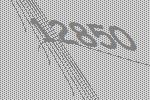
12850